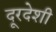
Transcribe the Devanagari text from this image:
दूरदेशी